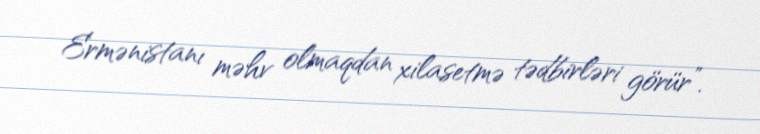
Ermənistanı məhv olmaqdan xilasetmə tədbirləri görür”.